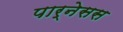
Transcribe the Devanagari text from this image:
पार्नेसस